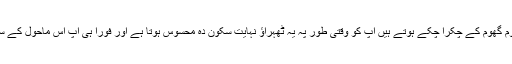
آپ جو مستقل دائروں میں گھوم گھوم کے چکرا چکے ہوتے ہیں آپ کو وقتی طور پہ یہ ٹھہراؤ نہایت سکون دہ محسوس ہوتا ہے اور فوراً ہی آپ اس ماحول کے سحر میں گرفتار ہو جاتے ہیں۔